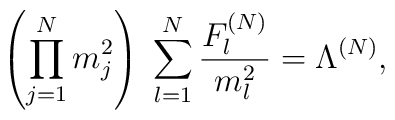
\left( \prod\limits_{j=1}^N m_j^2 \right) \;\sum\limits_{l=1}^N \frac{F_l^{(N)}}{m_l^2} = \Lambda^{(N)} ,